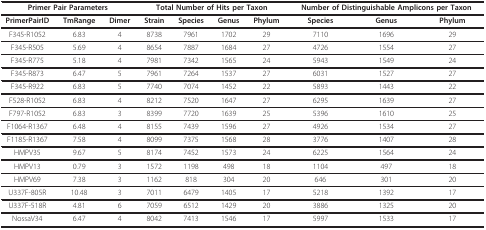
<table><thead><tr><td colspan="3"><b>Primer Pair Parameters</b></td><td colspan="4"><b>Total Number of Hits per Taxon</b></td><td colspan="3"><b>Number of Distinguishable Amplicons per Taxon</b></td></tr></thead><tbody><tr><td><b>PrimerPairID</b></td><td><b>TmRange</b></td><td><b>Dimer</b></td><td><b>Strain</b></td><td><b>Species</b></td><td><b>Genus</b></td><td><b>Phylum</b></td><td><b>Species</b></td><td><b>Genus</b></td><td><b>Phylum</b></td></tr><tr><td>F345-R1052</td><td>6.83</td><td>4</td><td>8738</td><td>7961</td><td>1702</td><td>29</td><td>7110</td><td>1696</td><td>29</td></tr><tr><td>F345-R505</td><td>5.69</td><td>4</td><td>8654</td><td>7887</td><td>1684</td><td>27</td><td>4726</td><td>1554</td><td>27</td></tr><tr><td>F345-R775</td><td>5.18</td><td>4</td><td>7981</td><td>7342</td><td>1565</td><td>24</td><td>5943</td><td>1549</td><td>24</td></tr><tr><td>F345-R873</td><td>6.47</td><td>5</td><td>7961</td><td>7264</td><td>1537</td><td>27</td><td>6031</td><td>1527</td><td>27</td></tr><tr><td>F345-R922</td><td>6.83</td><td>5</td><td>7740</td><td>7074</td><td>1452</td><td>22</td><td>5893</td><td>1443</td><td>22</td></tr><tr><td>F528-R1052</td><td>6.83</td><td>4</td><td>8212</td><td>7520</td><td>1647</td><td>27</td><td>6295</td><td>1639</td><td>27</td></tr><tr><td>F797-R1052</td><td>6.83</td><td>3</td><td>8399</td><td>7720</td><td>1639</td><td>25</td><td>5396</td><td>1610</td><td>25</td></tr><tr><td>F1064-R1367</td><td>6.48</td><td>4</td><td>8155</td><td>7439</td><td>1596</td><td>27</td><td>4926</td><td>1534</td><td>27</td></tr><tr><td>F1185-R1367</td><td>7.58</td><td>4</td><td>8099</td><td>7375</td><td>1568</td><td>28</td><td>3776</td><td>1407</td><td>28</td></tr><tr><td>HMPV35</td><td>9.67</td><td>5</td><td>8174</td><td>7452</td><td>1573</td><td>24</td><td>6225</td><td>1564</td><td>24</td></tr><tr><td>HMPV13</td><td>0.79</td><td>3</td><td>1572</td><td>1198</td><td>498</td><td>18</td><td>1104</td><td>497</td><td>18</td></tr><tr><td>HMPV69</td><td>7.38</td><td>3</td><td>1162</td><td>818</td><td>304</td><td>20</td><td>646</td><td>301</td><td>20</td></tr><tr><td>U337F-805R</td><td>10.48</td><td>3</td><td>7011</td><td>6479</td><td>1405</td><td>17</td><td>5218</td><td>1392</td><td>17</td></tr><tr><td>U337F-518R</td><td>4.81</td><td>6</td><td>7059</td><td>6512</td><td>1429</td><td>20</td><td>3886</td><td>1325</td><td>20</td></tr><tr><td>NossaV34</td><td>6.47</td><td>4</td><td>8042</td><td>7413</td><td>1546</td><td>17</td><td>5997</td><td>1533</td><td>17</td></tr></tbody></table>